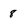
Character: 8